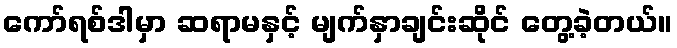
ကော်ရစ်ဒါမှာ ဆရာမနှင့် မျက်နှာချင်းဆိုင် တွေ့ခဲ့တယ်။